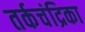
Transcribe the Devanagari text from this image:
तर्कचंद्रिका